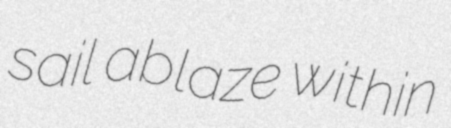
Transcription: sail ablaze within